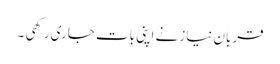
قربان نیاز نے اپنی بات جاری رکھی ۔